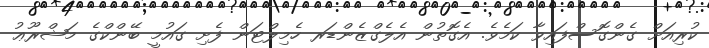
ކުރިއަށް ގެންގޮސްފައިވާ ކަމެވެ. އެގޮތުން އެލެގްޒެންޑަރ ހެމިލްޓަން ފެށި ގައުމީ ބޭންކްގެ މަޝްރޫޢު